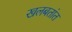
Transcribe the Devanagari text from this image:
खलबतांत